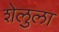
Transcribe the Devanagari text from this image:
शेलुला